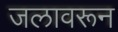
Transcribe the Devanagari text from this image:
जलावरून